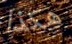
هكذا